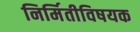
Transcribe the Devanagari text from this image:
निर्मितीविषयक